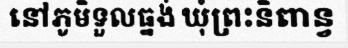
នៅភូមិទួលធ្នង់ ឃុំព្រះនិពាន្វ